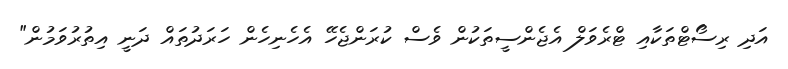
އަދި ރިސޯޓްތަކާއި ޓްރެވަލް އެޖެންސީތަކުން ވެސް ކުރަންޖެހޭ އެހެނިހެން ހަރަދުތައް ދަނީ އިތުރުވަމުން"